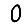
Digit: 0